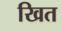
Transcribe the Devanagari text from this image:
खित